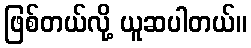
ဖြစ်တယ်လို့ ယူဆပါတယ်။